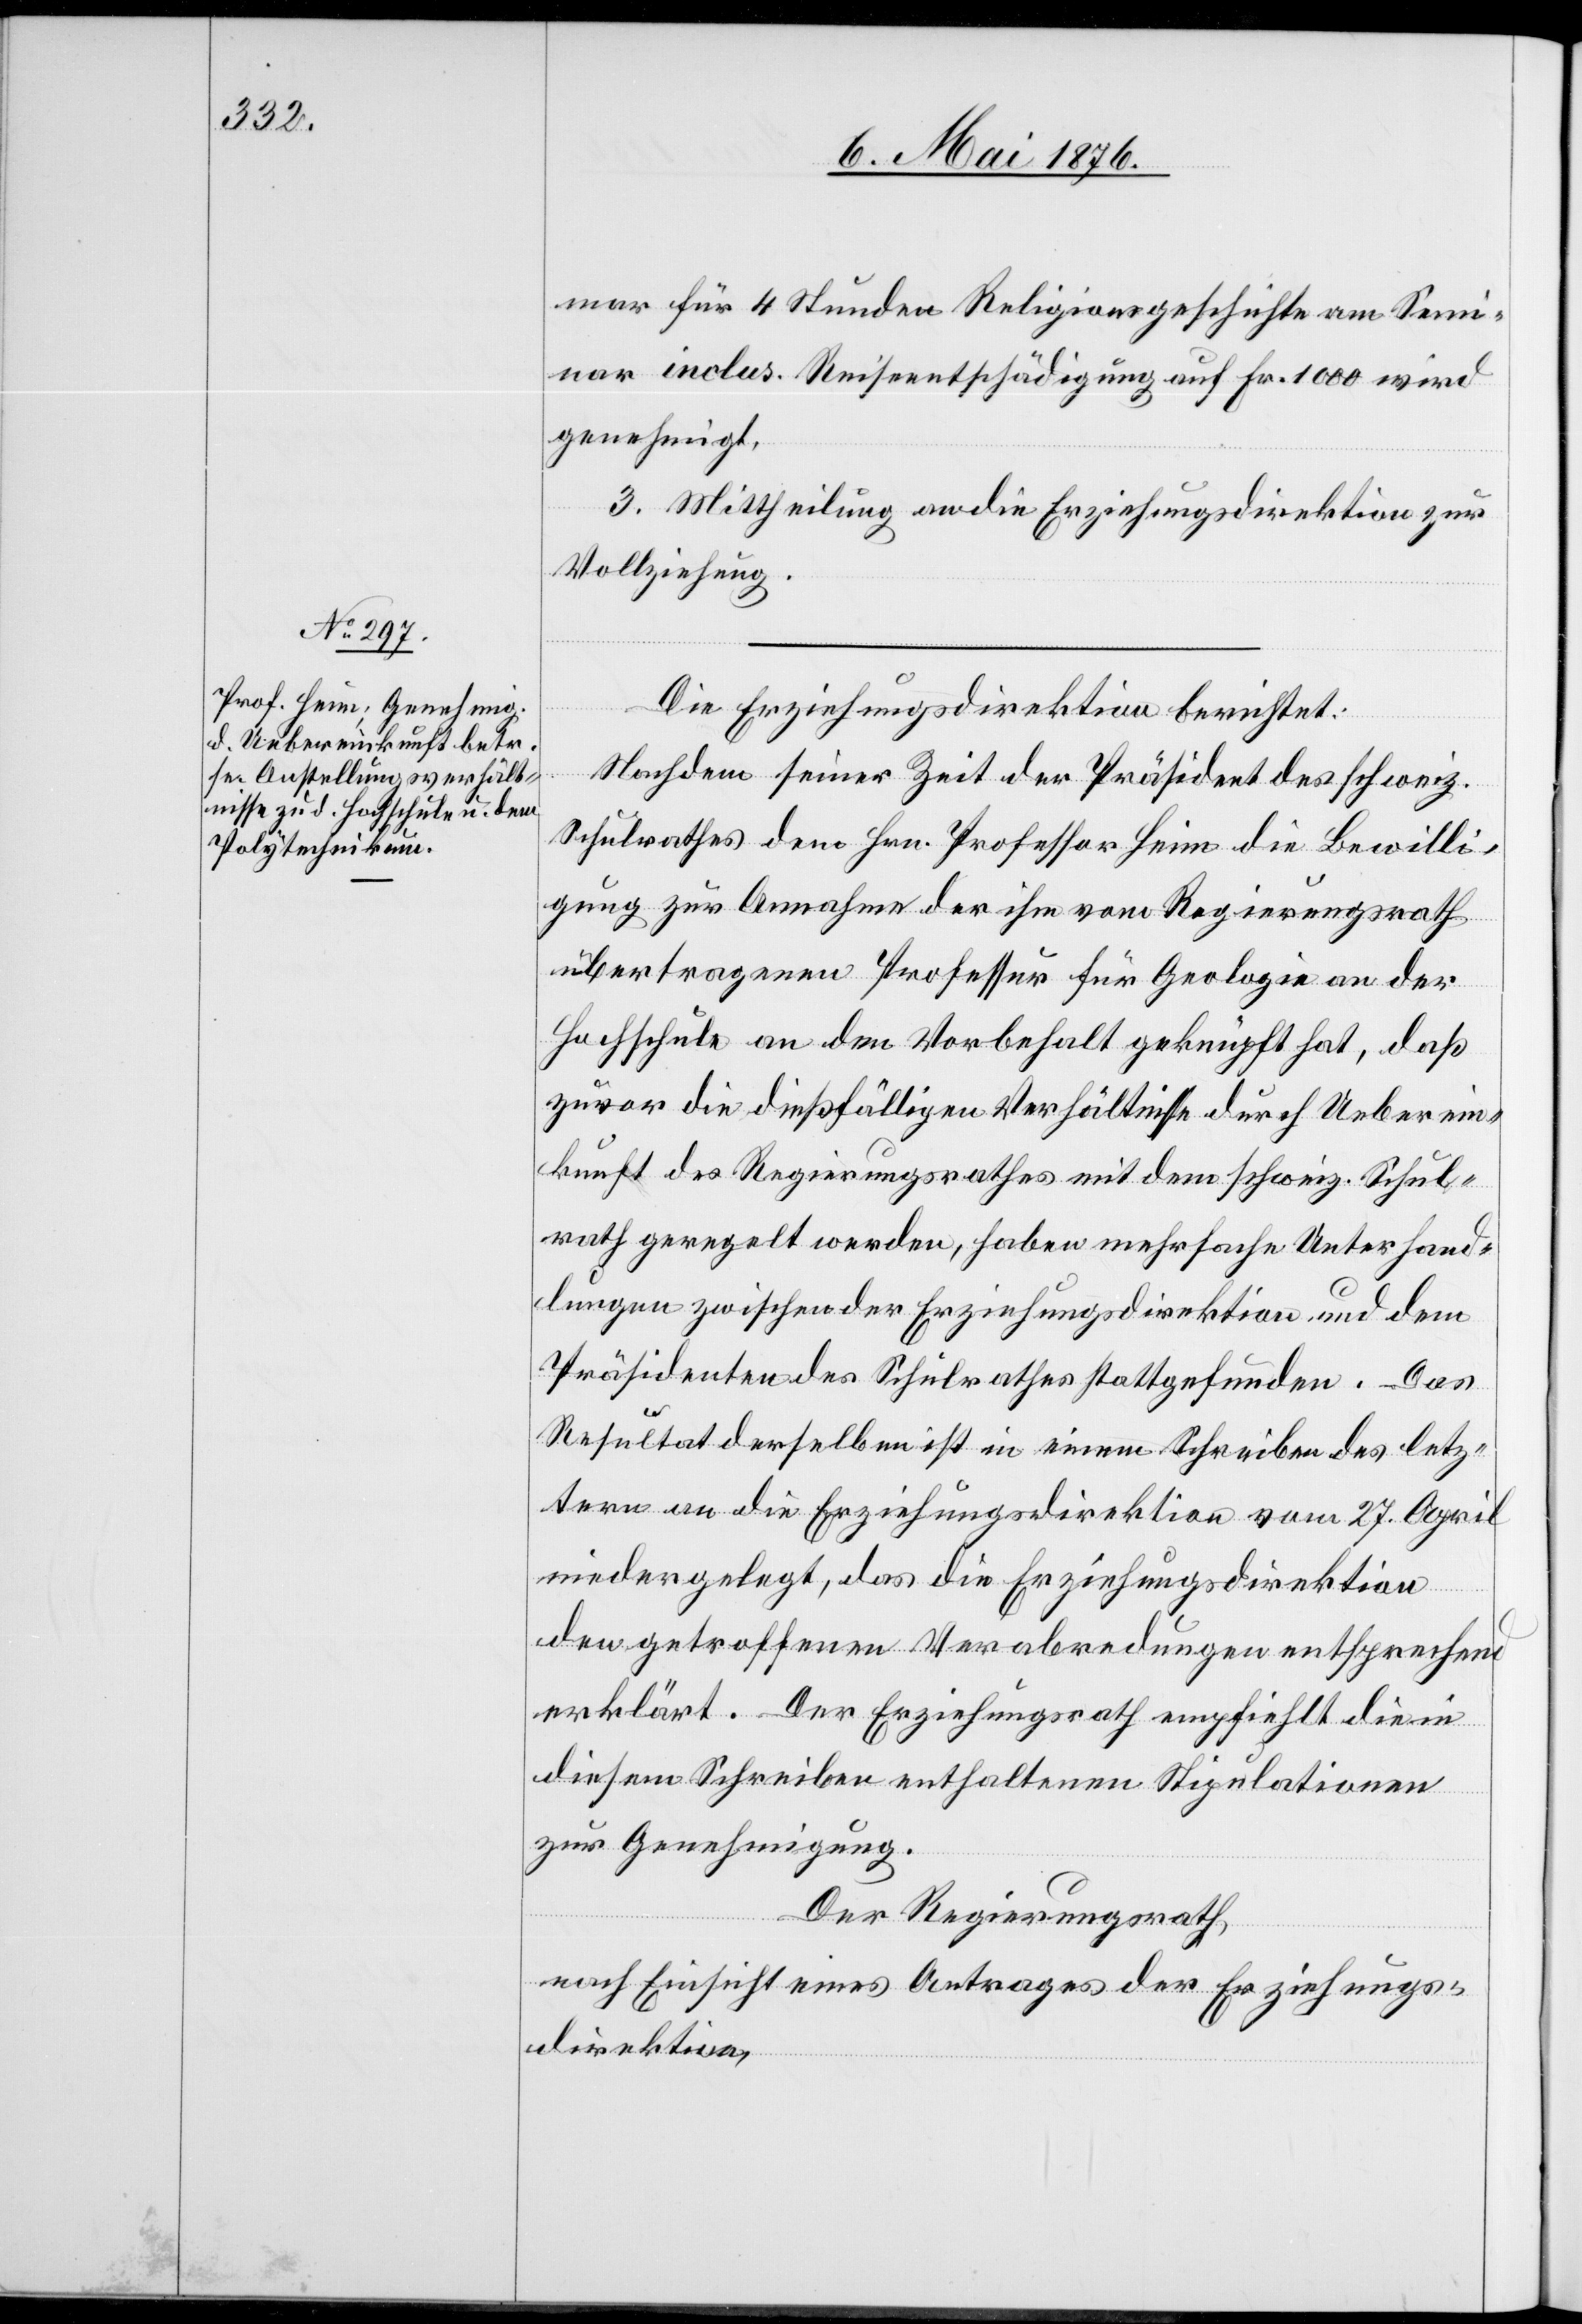
mar für 4 Stunden Religionsgeschichte am Semi¬
nar inclus. Reiseentschädigung auf Fr. 1000 wird
genehmigt.
3. Mittheilung an die Erziehungsdirektion zur
Vollziehung.
Die Erziehungsdirektion berichtet:
Nachdem seiner Zeit der Präsident des schweiz.
Schulrathes dem Hrn. Professor Heim die Bewilli¬
gung zur Annahme der ihm vom Regierungsrath
übertragenen Professur für Geologie an der
Hochschule an den Vorbehalt geknüpft hat, daß
zuvor die dießfälligen Verhältnisse durch Ueberein¬
kunft des Regierungsrathes mit dem schweiz. Schul¬
rath geregelt werden, haben mehrfache Unterhand¬
lungen zwischen der Erziehungsdirektion und dem
Präsidenten des Schulrathes stattgefunden. Das
Resultat derselben ist in einem Schreiben des letz¬
tern an die Erziehungsdirektion vom 27. April
niedergelegt, das die Erziehungsdirektion
den getroffenen Verabredungen entsprechend
erklärt. der Erziehungsrath empfiehlt die in
diesem Schreiben enthaltenen Stipulationen
zur Genehmigung.
Der Regierungsrath,
nach Einsicht eines Antrages der Erziehungs¬
direktion,